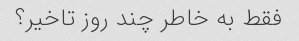
فقط به خاطر چند روز تاخیر؟